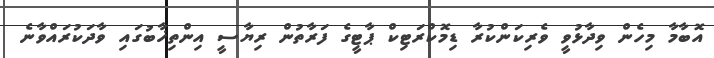
އޮބާމާ މިހެން ވިދާޅުވީ ވެރިކަންކުރާ ޑިމޮކްރަޓިކް ޕާޓީގެ ފަރާތުން ރިޔާސީ އިންތިޚާބުގައި ވާދަކުރައްވާނެ